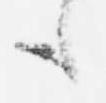
も